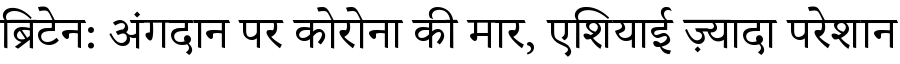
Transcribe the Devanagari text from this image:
ब्रिटेन: अंगदान पर कोरोना की मार, एशियाई ज़्यादा परेशान